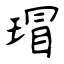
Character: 瑁